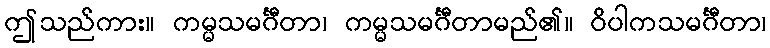
ဤသည်ကား။ ကမ္မသမင်္ဂီတာ၊ ကမ္မသမင်္ဂီတာမည်၏။ ဝိပါကသမင်္ဂီတာ၊